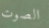
الصوت